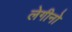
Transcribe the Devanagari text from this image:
लेगीनो